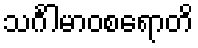
သင်္ဂါမာဝစရောတိ